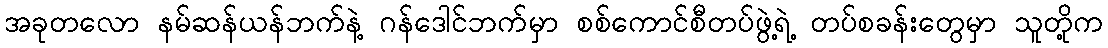
အခုတလော နမ်ဆန်ယန်ဘက်နဲ့ ဂန်ဒေါင်ဘက်မှာ စစ်ကောင်စီတပ်ဖွဲ့ရဲ့ တပ်စခန်းတွေမှာ သူတို့က